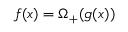
f ( x ) = \Omega _ { + } ( g ( x ) )